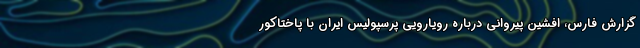
گزارش فارس، افشین پیروانی درباره رویارویی پرسپولیس ایران با پاختاکور